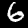
Label: 6